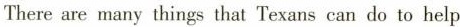
There are many things that Texans can do to help